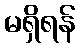
မရှိရန်